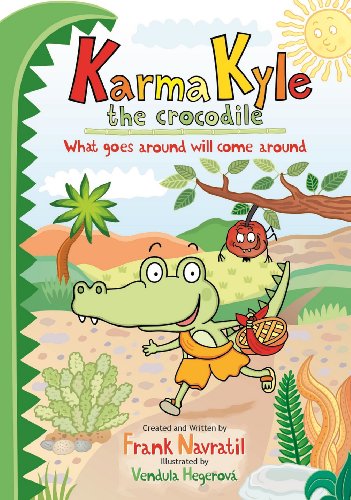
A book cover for Karma Kyle the Crocodile - What goes around will come around; Frank Navratil; Religion & Spirituality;